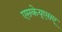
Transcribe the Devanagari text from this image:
एसकेयूएसए